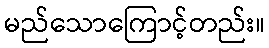
မည်သောကြောင့်တည်း။